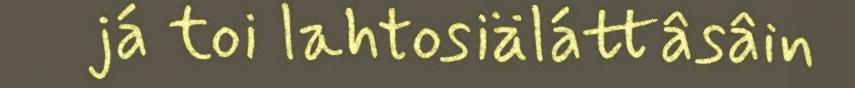
já toi lahtosiäláttâsâin